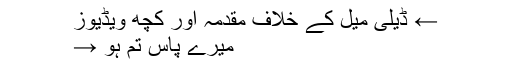
← ڈیلی میل کے خلاف مقدمہ اور کچھ ویڈیوز
میرے پاس تم ہو →